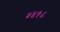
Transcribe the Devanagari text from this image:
५४१८